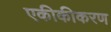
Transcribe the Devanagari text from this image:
एकीकीकरण